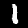
Label: 1